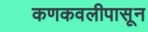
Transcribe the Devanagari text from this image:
कणकवलीपासून